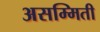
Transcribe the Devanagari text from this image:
असम्मिती